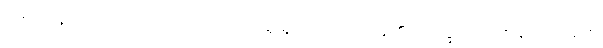
ဒေဝေ၊ နတ်ပြည်တို့သို့။ အဘိယံသု၊ ရှေးရှုတက်လာကုန်၏။ ဘိက္ခဝေ၊ ရဟန်းတို့။ အထ